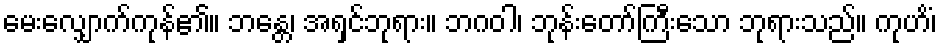
မေးလျှောက်ကုန်၏။ ဘန္တေ၊ အရှင်ဘုရား။ ဘဂဝါ၊ ဘုန်းတော်ကြီးသော ဘုရားသည်။ ကုဟိံ၊